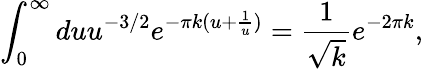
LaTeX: \int_{0}^{\infty}duu^{-3/2}e^{-\pi k(u+\frac{1}{u})}=\frac{1}{\sqrt{k}}e^{-2\pi k},